Statistics compiled by the Government of India from the reports of provincial Civil Veterinary Departments
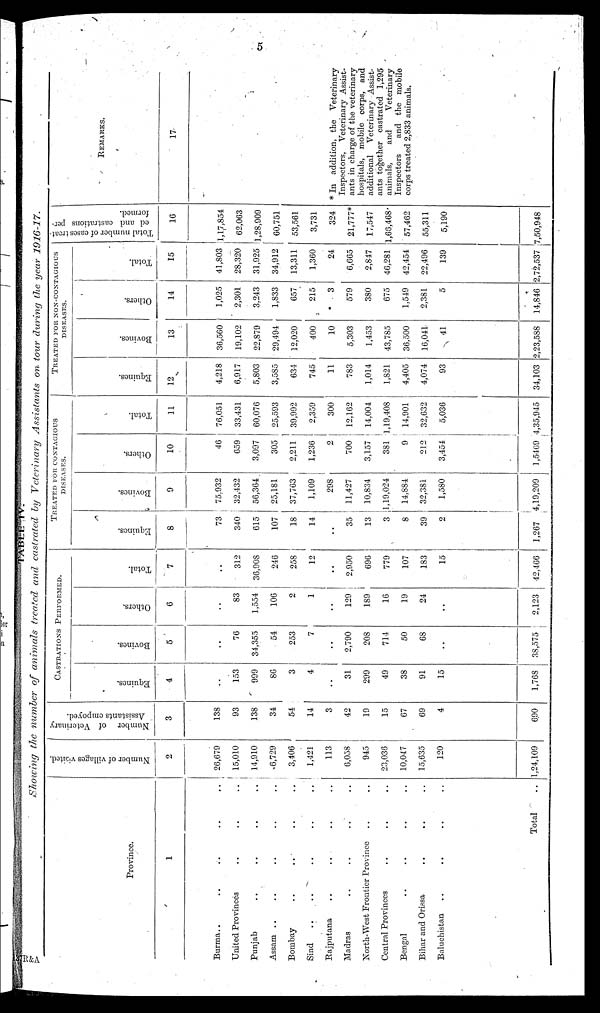
TABLE
IV.
Showing the number of animals treated and castrated by Veterinary Assistants on tour during the year
1916-17.
Province.
1
Burma .. .. .. .. ..
United Provinces .. .. .. ..
Punjab .. .. .. ..
Assam .. .. .. ..
Bombay
.. .. .. ..
Sind
..
.. .. .. ..
Rajputana
.. .. .. ..
Madras .. .. .. ..
North-West Frontier Province .. ..
Central Provinces .. .. ..
Bengal .. .. .. ..
Bihar and Orissa .. .. ..
Baluchistan .. .. .. ..
Total ..
Number of villages visited.
2
26,679
15,010
14,910
6,729
3,406
1,421
113
6,038
945
23,036
10,047
15,635
120
1,24,109
Number of Veterinary
Assistants empoyed.
3
138
93
138
34
54
14
3
42
19
15
67
69
4
690
CASTRATIONS PERFORMED.
Equines.
4
..
153
999
86
3
4
..
31
299
49
38
91
15
1,768
Bovines.
5
..
76
34,355
54
253
7
..
2,790
208
714
50
68
..
38,575
Others.
6
..
83
1,554
106
2
1
..
129
189
16
19
24
..
2,123
Total.
7
..
312
36,908
246
258
12
..
2,950
696
779
107
183
15
42,466
TREATED FOR CONTAGIOUS
DISEASES.
Equines.
8
73
340
615
107
18
14
..
35
13
3
8
39
2
1,267
Bovines.
9
75,932
32,432
56,364
25,181
37,763
1,109
298
11,427
10,834
1,19,024
14,884
32,381
1,580
4,19,209
Others.
10
46
659
3,097
305
2,211
1,236
2
700
3,157
381
9
212
3,454
1,5469
Total.
11
76,051
33,431
60,076
25,593
39,992
2,359
300
12,162
14,004
1,19,408
14,901
32,632
5,036
4,35,945
TREATED FOR NON-CONTAGIOUS
DISEASES.
Equines.
12
4,218
6,917
5,803
3,585
634
745
11
783
1,014
1,821
4,405
4,074
93
34,103
Bovines.
13
36,560
19,102
22,879
29,494
12,020
400
10
5,303
1,453
43,785
36,500
16,041
41
2,23,588
Others.
14
1,025
2,301
3,243
1,833
657
215
3
579
380
675
1,549
2,381
5
14,846
Total.
15
41,803
28,320
31,925
34,912
13,311
1,360
24
6,665
2,847
46,281
42,454
22,496
139
2,72,537
Total number of
ed and castration
formed. 16
1,17,854
62,063
1,28,909
60,751
53,561
3,731
324
21,777*
17,547
1,66,468
57,462
55,311
5,190
7,50,948
REMARKS.
17
* In addition, the Veterinary
Inspectors, Veterinary Assist-
ants in charge of the veterinary
hospitals, mobile corps, and
additional
Veterinary Assist-
ants together castrated 1,295
animals,
and
Veterinary
Inspectors
and the mobile
corps treated 2,833 animals.
R&A